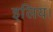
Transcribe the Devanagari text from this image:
इलिय।